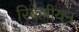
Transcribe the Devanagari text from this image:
रिबेल्लीयन